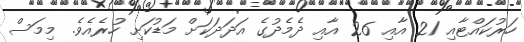
ހަރުކައްޓާއި 21 އާއި 26 އާއި ދެމެދުގެ އަދަދަަކަށް މަޑުކަށި ހުރެއެވެ. މިމަސް